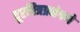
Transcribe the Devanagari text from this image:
दूरचित्रप्रक्षेपणे